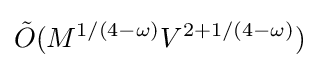
{\tilde {O}}(M^{1/(4-\omega )}V^{2+1/(4-\omega )})